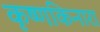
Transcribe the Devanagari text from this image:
कृष्णकिनारा